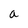
Character: a